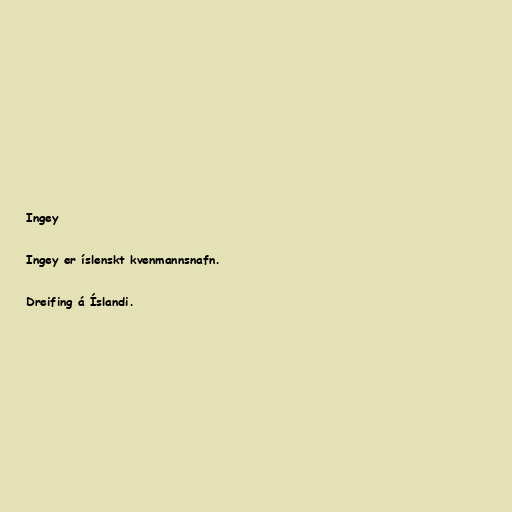
Ingey

Ingey er íslenskt kvenmannsnafn.

Dreifing á Íslandi.